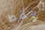
فقط